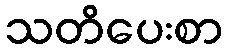
သတိပေးစာ